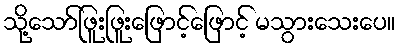
သို့သော်ဖြူးဖြူးဖြောင့်ဖြောင့် မသွားသေးပေ။